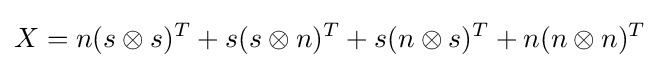
X=n(s\otimes s)^{T}+s(s\otimes n)^{T}+s(n\otimes s)^{T}+n(n\otimes n)^{T}